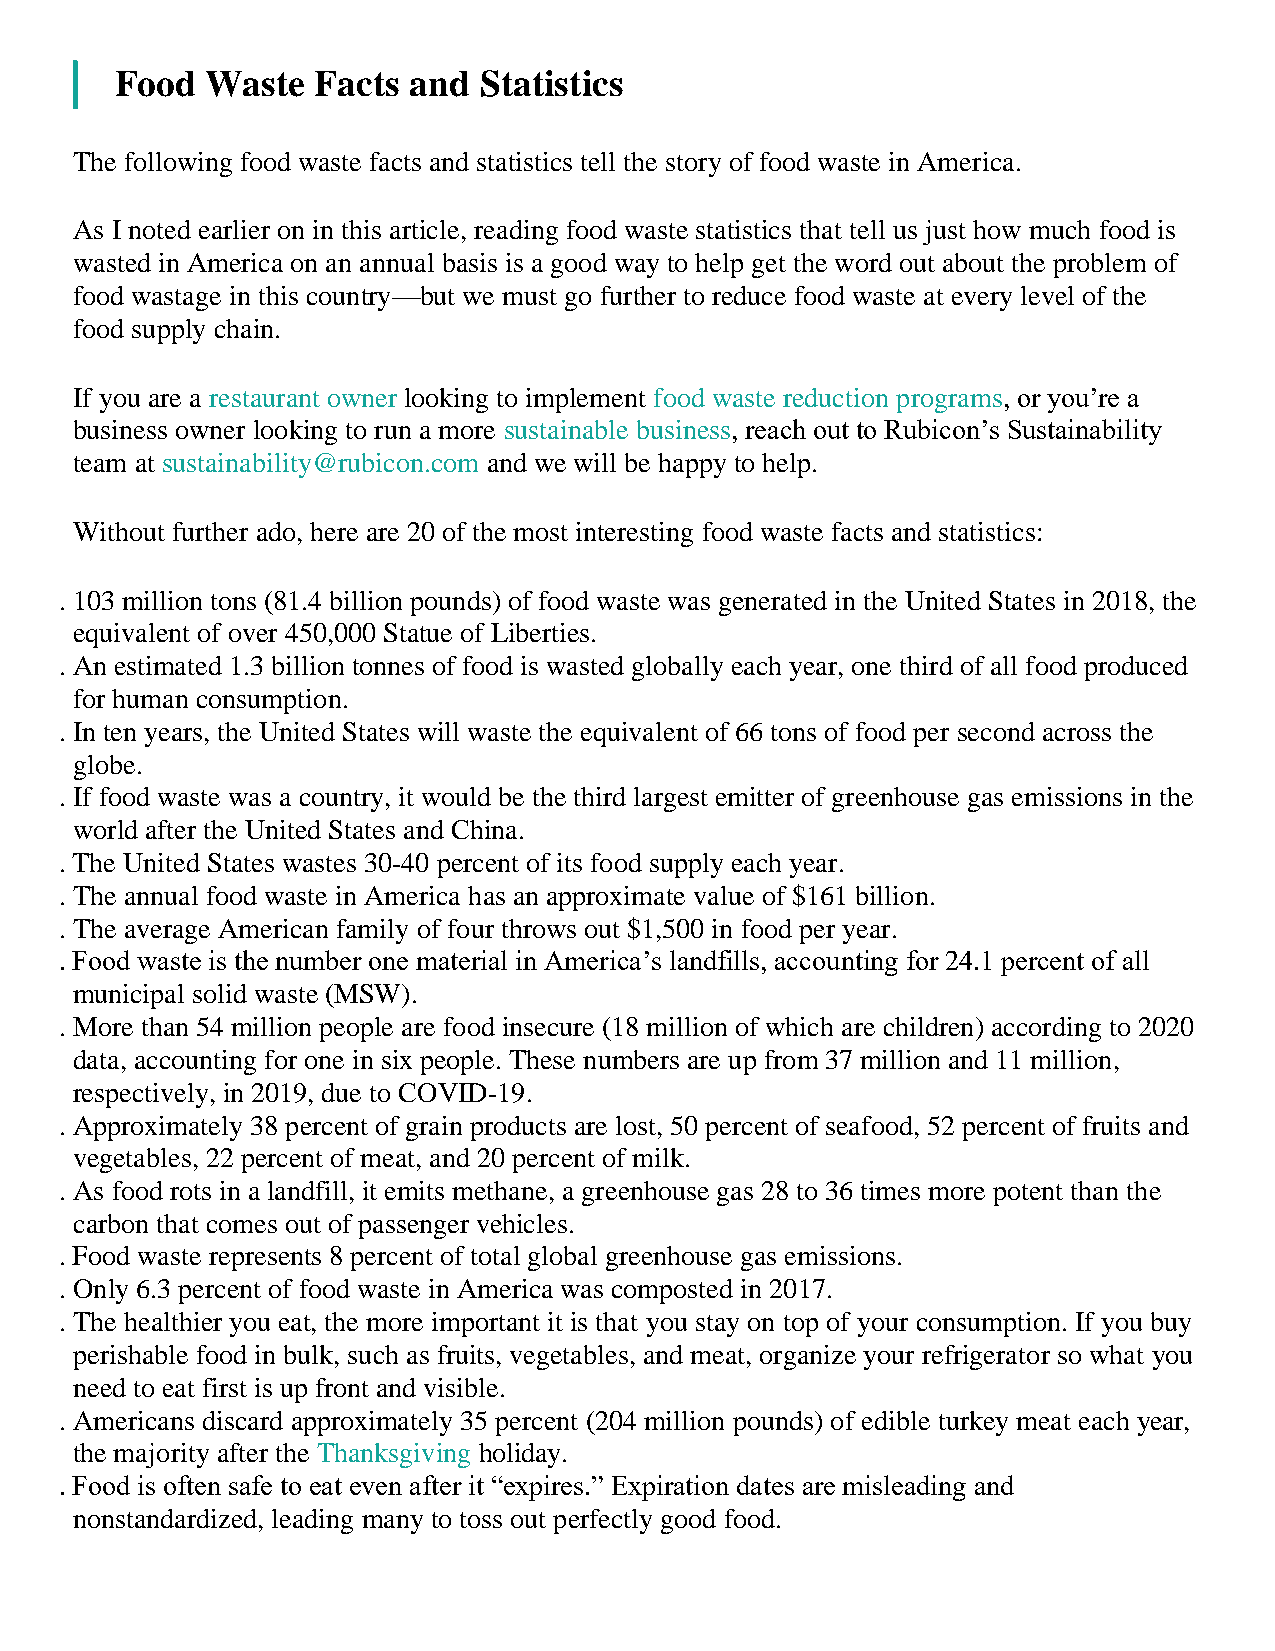
Food  Waste  Facts and  Statistics
 The following food waste facts and statistics tell the story of food waste in America.
 As I noted earlier on in this article, reading food waste statistics that tell us just how much food is
 wasted in America on an annual basis is a good way to help get the word out about the problem of
 food wastage in this country—but we must go further to reduce food waste at every level of the
 food supply chain.
 If you are a restaurant owner looking to implement food waste reduction programs, or you’re a
 business owner looking to run a more sustainable business, reach out to Rubicon’s Sustainability
 team at sustainability@rubicon.com and we will be happy to help.
 Without further ado, here are 20 of the most interesting food waste facts and statistics:
 . 103 million tons (81.4 billion pounds) of food waste was generated in the United States in 2018, the
 equivalent of over 450,000 Statue of Liberties.
 . An estimated 1.3 billion tonnes of food is wasted globally each year, one third of all food produced
 for human consumption.
 . In ten years, the United States will waste the equivalent of 66 tons of food per second across the
 globe.
 . If food waste was a country, it would be the third largest emitter of greenhouse gas emissions in the
 world after the United States and China.
 . The United States wastes 30-40 percent of its food supply each year.
 . The annual food waste in America has an approximate value of $161 billion.
 . The average American family of four throws out $1,500 in food per year.
 . Food waste is the number one material in America’s landfills, accounting for 24.1 percent of all
 municipal solid waste (MSW).
 . More than 54 million people are food insecure (18 million of which are children) according to 2020
 data, accounting for one in six people. These numbers are up from 37 million and 11 million,
 respectively, in 2019, due to COVID-19.
 . Approximately 38 percent of grain products are lost, 50 percent of seafood, 52 percent of fruits and
 vegetables, 22 percent of meat, and 20 percent of milk.
 . As food rots in a landfill, it emits methane, a greenhouse gas 28 to 36 times more potent than the
 carbon that comes out of passenger vehicles.
 . Food waste represents 8 percent of total global greenhouse gas emissions.
 . Only 6.3 percent of food waste in America was composted in 2017.
 . The healthier you eat, the more important it is that you stay on top of your consumption. If you buy
 perishable food in bulk, such as fruits, vegetables, and meat, organize your refrigerator so what you
 need to eat first is up front and visible.
 . Americans discard approximately 35 percent (204 million pounds) of edible turkey meat each year,
 the majority after the Thanksgiving holiday.
 . Food is often safe to eat even after it “expires.” Expiration dates are misleading and
 nonstandardized, leading many to toss out perfectly good food.